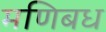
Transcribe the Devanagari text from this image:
मणिबध